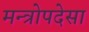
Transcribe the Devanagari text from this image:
मन्त्रोपदेसा